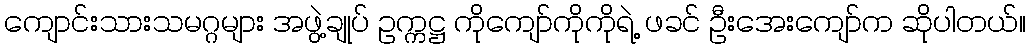
ကျောင်းသားသမဂ္ဂများ အဖွဲ့ချုပ် ဥက္ကဋ္ဌ ကိုကျော်ကိုကိုရဲ့ ဖခင် ဦးအေးကျော်က ဆိုပါတယ်။